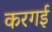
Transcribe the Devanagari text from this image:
करगई